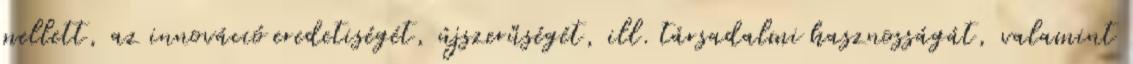
mellett, az innováció eredetiségét, újszerűségét, ill. társadalmi hasznosságát, valamint